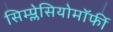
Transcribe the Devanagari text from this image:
सिम्प्लेसियोमॉर्फी